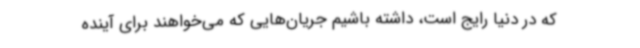
که در دنیا رایج است، داشته باشیم جریان‌هایی که می‌خواهند برای آینده